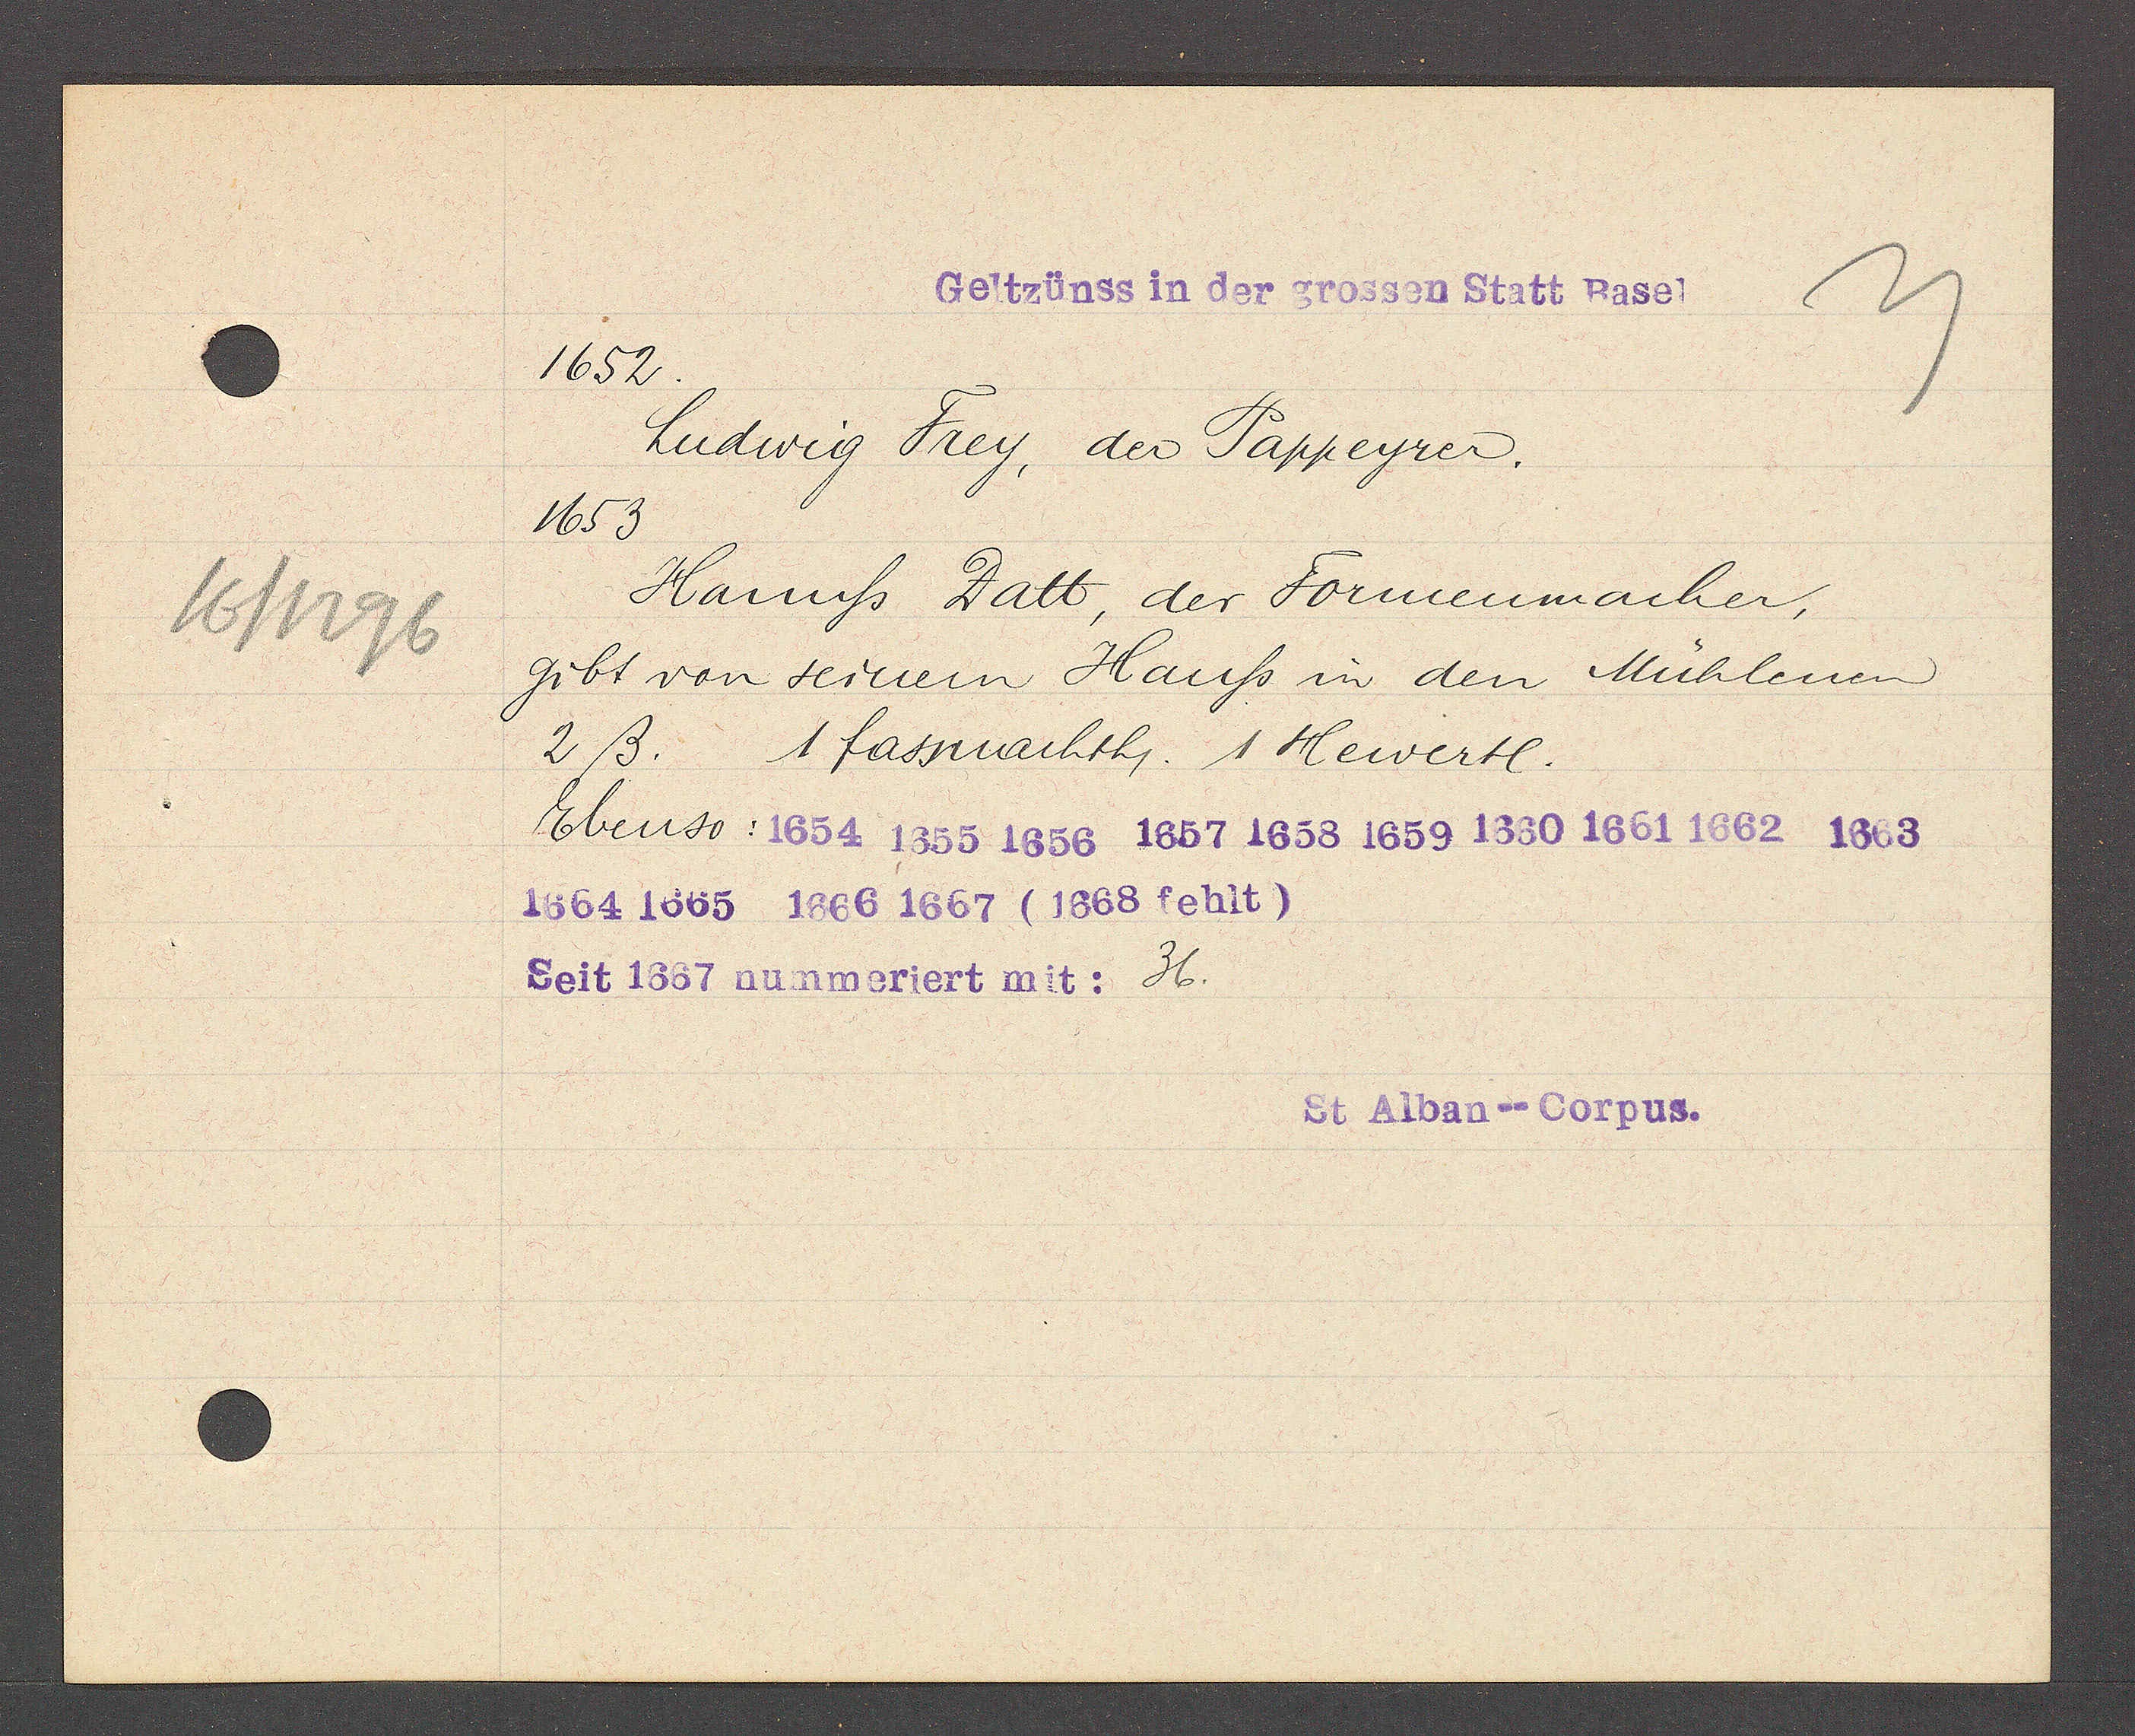
Transcript:
16/1296

Geltzünss in der grossen Statt Basel

1652.
Ludwig Frey, der Pappeyrer.
1653.
Hannss Datt, der Formenmacher,
gibt von seinem Hauss in den Mühlenen
2 ß. 1 fasnachth. 1 Hewertl.
Ebenso: 1654 1655 1656 1657 1658 1659 1660 1661 1662 1663
1664 1665 1666 1667 (1668 fehlt)
Seit 1657 nummeriert mit: 36.

St Alban--Corpus.